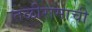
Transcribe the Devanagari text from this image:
तळीरामाची